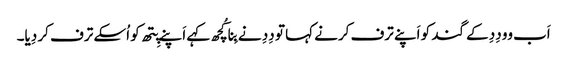
اَب وو دِدِ کے گند کو اَپنے ترف کرنے کہا تو دِدِ نے بِنا کُچھ کہے اَپنے پِتھ کو اُسکے ترف کر دِیا۔